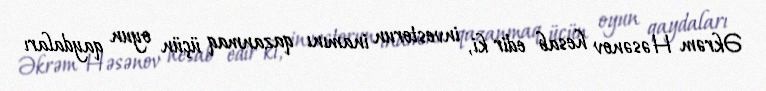
Əkrəm Həsənov hesab edir ki, investorun inamını qazanmaq üçün oyun qaydaları